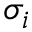
\sigma _ { i }